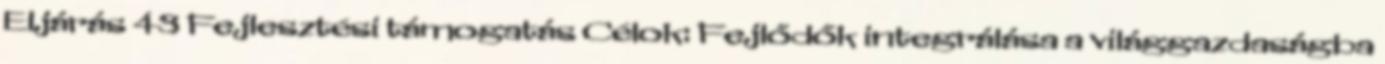
Eljárás 43 Fejlesztési támogatás Célok: Fejlődők integrálása a világgazdaságba